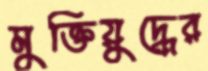
মুক্তিয়ুদ্ধের